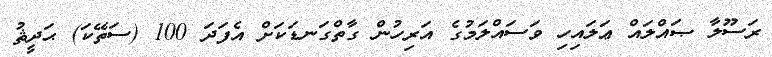
ރަސޫލާ ޞައްލައް ޢަލައިހި ވަސައްލަމުގެ އަރިހުން ގާތްގަނޑަކަށް އެފަދަ 100 (ސަތޭކަ) ޙަދީޘު